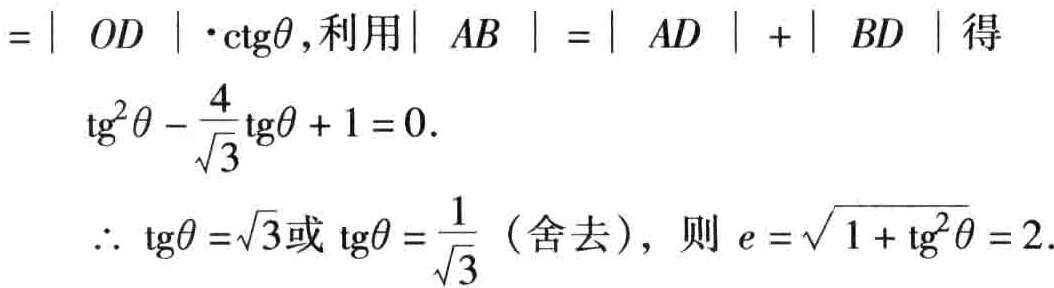
$=| \ OD\ |\cdot\text{ctg}\theta ,利用| \ AB\ | = | \ AD\ | + | \ BD\ |得\\

\ \ \ \ \text{tg}^{2}\theta-\frac{4}{\sqrt{3}}\text{tg}\theta + 1 = 0.\\

\ \ \ \ \therefore\text{tg}\theta=\sqrt{3}或\text{tg}\theta=\frac{1}{\sqrt{3}}(舍去)，则e = \sqrt{1+\text{tg}^{2}\theta}=2.$